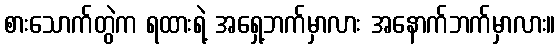
စားသောက်တွဲက ရထားရဲ့ အရှေ့ဘက်မှာလား အနောက်ဘက်မှာလား။